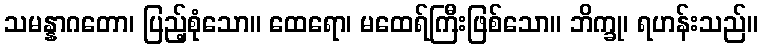
သမန္နာဂတော၊ ပြည့်စုံသော။ ထေရော၊ မထေရ်ကြီးဖြစ်သော။ ဘိက္ခု၊ ရဟန်းသည်။